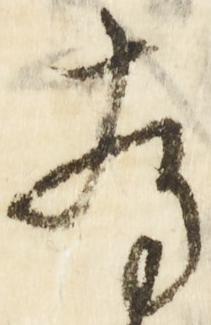
存